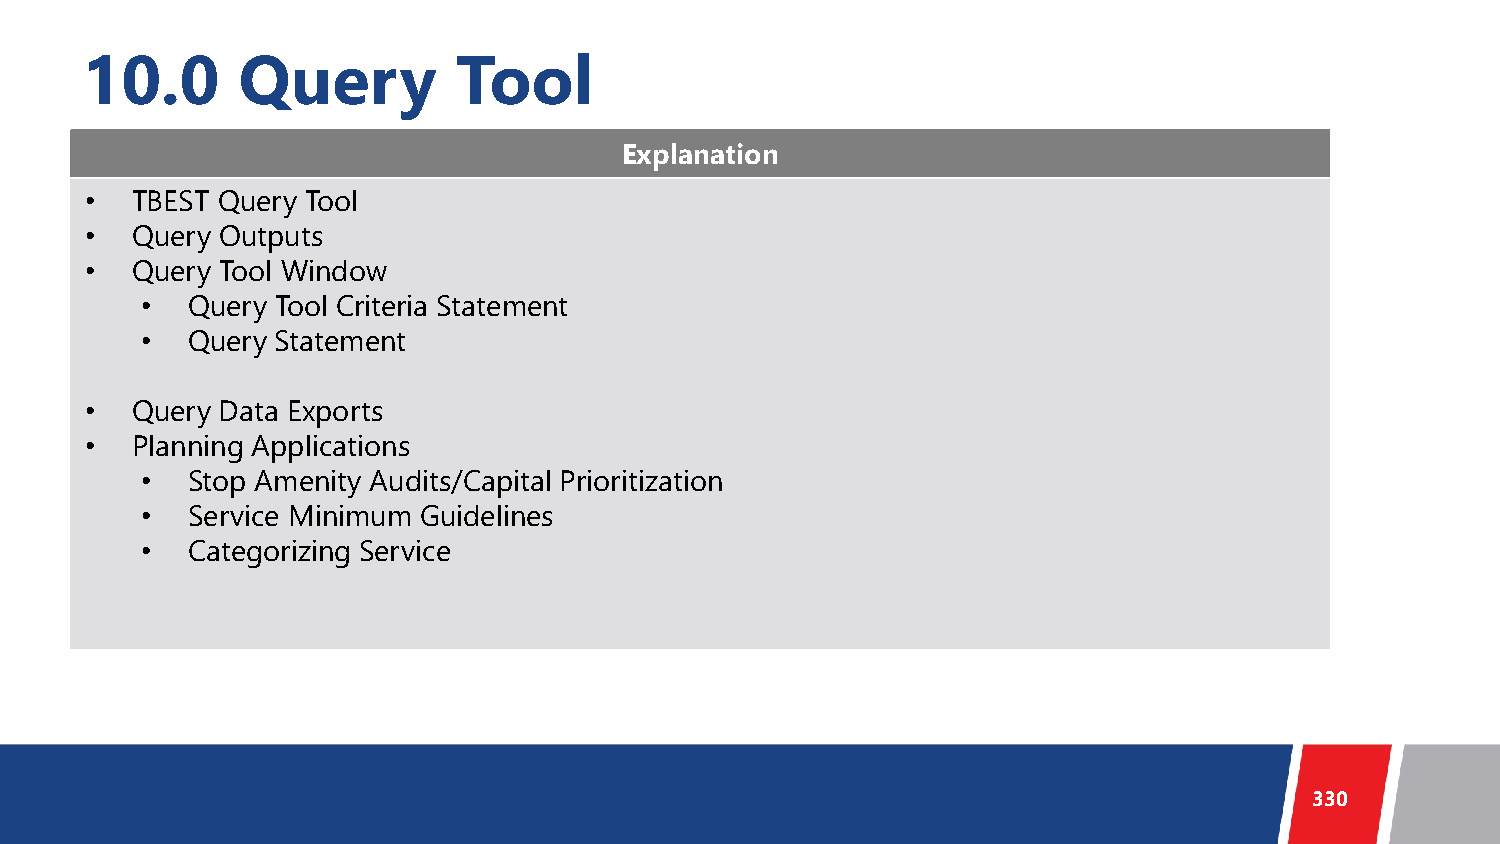
10.0       Query         Tool
 Explanation
 •  TBEST Query Tool
 •  Query Outputs
 •  Query Tool Window
 •  Query Tool Criteria Statement
 •  Query Statement
 •  Query Data Exports
 •  Planning Applications
 •  Stop Amenity Audits/Capital Prioritization
 •  Service Minimum Guidelines
 •  Categorizing Service
 330